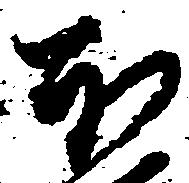
本